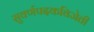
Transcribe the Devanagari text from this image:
सुवर्णपदकविजेती